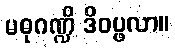
မဓုဂဏ္ဍိ ဒိဝပ္ဖလာ။